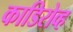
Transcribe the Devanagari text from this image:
काडिरोव्ह